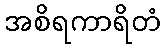
အစိရကာရိတံ